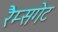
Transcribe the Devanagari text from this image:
रैम्सगेट